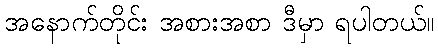
အနောက်တိုင်း အစားအစာ ဒီမှာ ရပါတယ်။